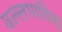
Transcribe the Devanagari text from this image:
वल्लभाचिया